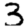
Digit: 3